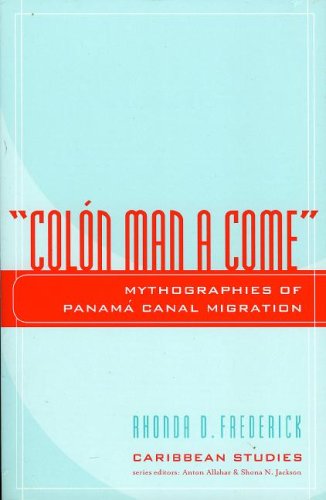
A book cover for Colon Man a Come: Mythographies of Panama Canal Migration (Caribbean Studies); Rhonda Frederick; Humor & Entertainment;